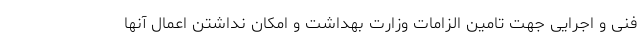
فنی و اجرایی جهت تامین الزامات وزارت بهداشت و امکان نداشتن اعمال آنها